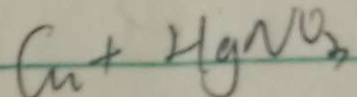
C u + H g N O _ { 3 }